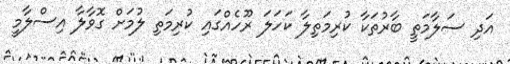
އަދި ސަލާމަތީ ބާރުތަކާ ކުރިމަތިލާ ކަހަލަ ރޫހެއްގައި ކުރިމަތި ލުމަށް ގޮވާލާ އިސްލާމީ